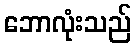
ဘောလုံးသည်